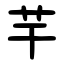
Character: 芉